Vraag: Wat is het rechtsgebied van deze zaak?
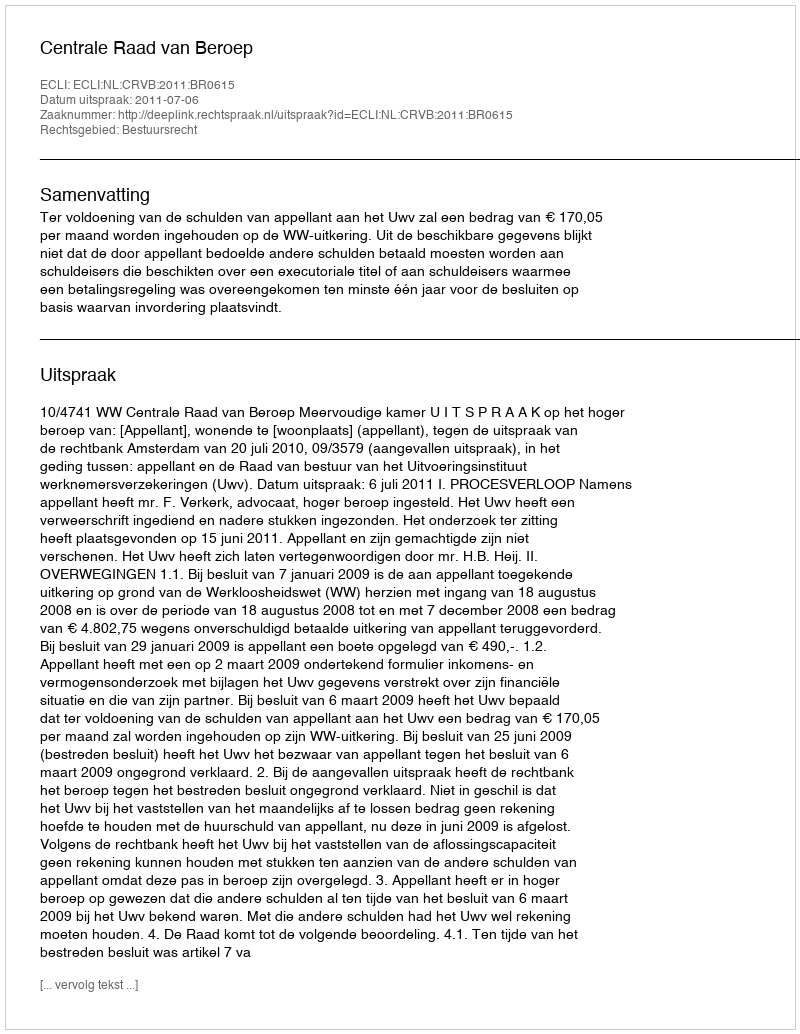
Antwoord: Bestuursrecht